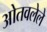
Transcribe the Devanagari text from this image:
ओतवलेले